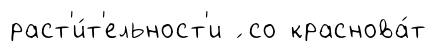
раст'и́т'ельност'и ́ со краснова́т